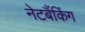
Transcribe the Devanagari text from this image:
नेटबैंकिंग